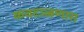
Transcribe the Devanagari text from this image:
कवटाळणारा